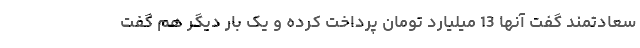
سعادتمند گفت آنها 13 میلیارد تومان پرداخت کرده و یک بار دیگر هم گفت